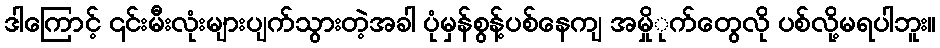
ဒါကြောင့် ၎င်းမီးလုံးများပျက်သွားတဲ့အခါ ပုံမှန်စွန့်ပစ်နေကျ အမှိုုက်တွေလို ပစ်လို့မရပါဘူး။